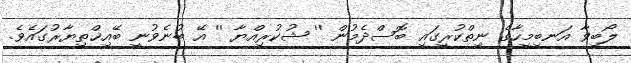
ލޯބިވާ އަނބިމީހާގެ ނިތްކުރީގައި ބޮސްދެމުން '' ޝުކުރިއްޔާ '' އޭ ބުނެވުނީ ބޭއިޚްތިޔާރުގައެވެ.